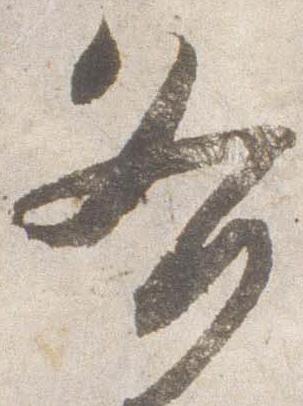
各